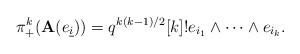
LaTeX: \begin{align*}\pi_{+}^{k}(\mathbf{A}(e_{\underline{i}})) = q^{k (k - 1) / 2} [k]! e_{i_{1}} \wedge \cdots\wedge e_{i_{k}}.\end{align*}